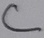
Text: C